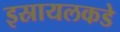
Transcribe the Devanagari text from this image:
इस्रायलकडे